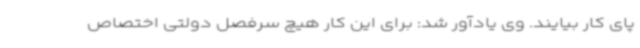
پای کار بیایند. وی یادآور شد: برای این کار هیچ سرفصل دولتی اختصاص